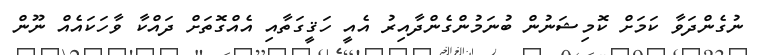
ނުގެންދަވާ ކަމަށް ކޮމިޝަނުން ބުނަމުންގެންދާއިރު އެއީ ހަޤީގަތާއި އެއްގޮތަށް ދައްކާ ވާހަކައެއް ނޫން